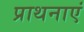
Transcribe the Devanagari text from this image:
प्राथनाएं